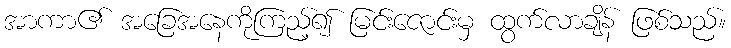
အာကာ၏ အခြေအနေကိုကြည့်၍ မြင်းဇောင်းမှ ထွက်လာချိန် ဖြစ်သည်။